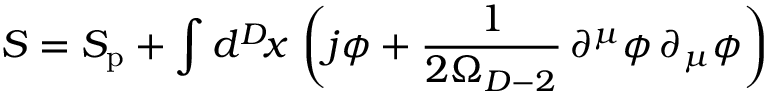
{ S } = S _ { \mathrm { p } } + \int d ^ { D } \! x \, \left( j \phi + \frac { 1 } { 2 \Omega _ { D - 2 } } \, \partial ^ { \mu } \phi \, \partial _ { \mu } \phi \right)